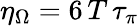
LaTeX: \eta_{\Omega}=6\, T\, \tau_{\pi}